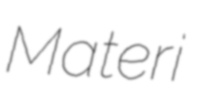
Materi